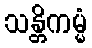
သန္တိကမ္မံ